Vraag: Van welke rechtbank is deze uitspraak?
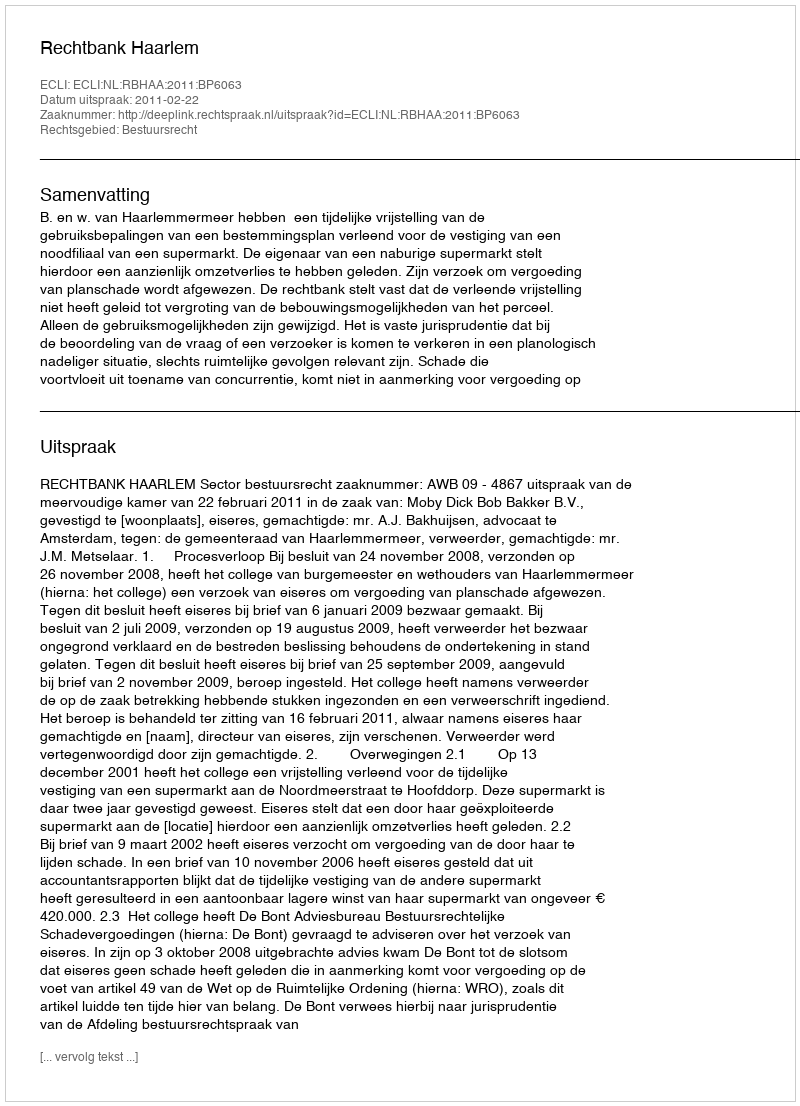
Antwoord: Rechtbank Haarlem